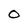
Character: O